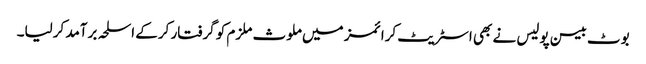
بوٹ بیسن پولیس نے بھی اسٹریٹ کرائمز میں ملوث ملزم کو گرفتار کرکے اسلحہ برآمد کرلیا۔